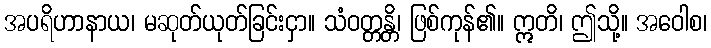
အပရိဟာနာယ၊ မဆုတ်ယုတ်ခြင်းငှာ။ သံဝတ္တန္တိ၊ ဖြစ်ကုန်၏။ ဣတိ၊ ဤသို့။ အဝေါစ၊